Annual administration report of the Civil Veterinary Department of India - 1902-1903
Year: 1902
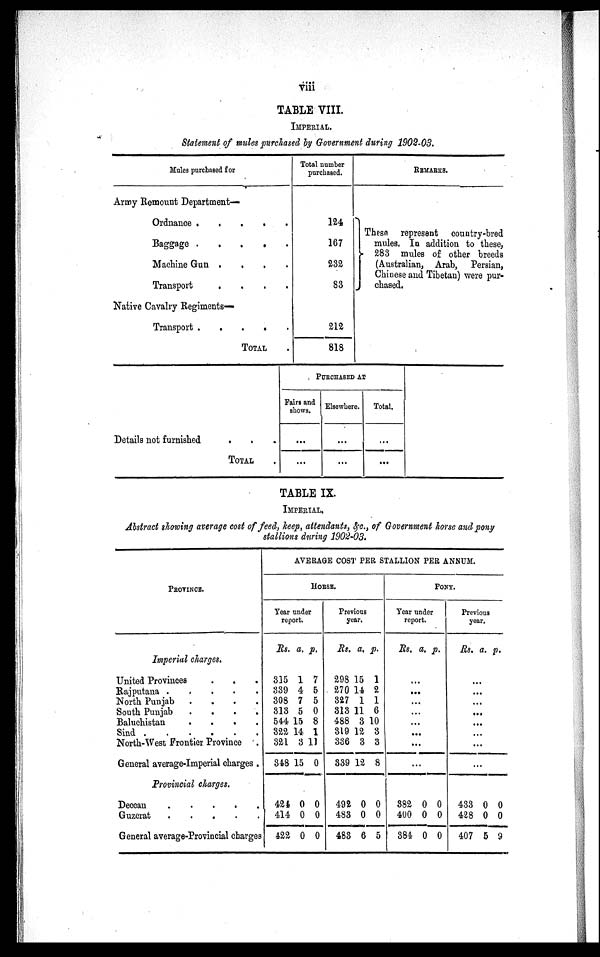
viii
TABLE VIII.
IMPERIAL.
Statement of mules purchased by Government during 1902-03.
Mules purchased for
Army Remount Department—
Ordnance
.
.
.
.
.
Baggage
.
.
.
.
.
Machine Gun . . . . .
Transport
.
.
.
. .
Native Cavalry Regiments—
Transport . . . . .
TOTAL .
Total number
purchased.
124
167
232
83
212
818
REMARKS.
These represent country-bred
mules. In addition to these,
283 mules of other breeds
(Australian, Arab, Persian,
Chinese and Tibetan) were pur¬
chased.
Details not furnished . . .
TOTAL .
PURCHASED AT
Fairs and
shows.
...
...
Elsewhere.
...
...
Total.
...
...
TABLE IX.
IMPERIAL.
Abstract showing average cost of feed, keep, attendants, &c., of Government horse and pony
stallions during 1902-03.
PROVINCE.
Imperial charges.
United Provinces . . .
Rajputana .
.
.
.
.
North Punjab
.
.
.
.
South Punjab
.
.
.
.
Baluchistan
.
.
.
.
Sind
.
.
.
.
.
.
North-West Frontier Province .
General average-Imperial charges .
Provincial charges.
Deccan
.
.
.
.
.
Guzerat
.
.
.
.
.
General average-Provincial charges
AVERAGE COST PER STALLION PER ANNUM.
HORSE.
Year under
report.
Rs. a. p.
315
339
308
313
544
322
321
348
1
4
7
5
15
14
3
15
7
5
5
0
8
1
11
0
424
414
422
0
0
0
0
0
0
Previous
year.
Rs. a. p.
298
270
327
313
488
319
336
339
15
14
1
11
3
12
3
12
1
2
1
6
10
8
3
8
492
483
483
0
0
6
0
0
5
PONY.
Year under
report.
Rs. a. p.
...
...
...
...
...
...
...
...
382
400
384
0
0
0
0
0
0
Previous
year.
Rs. a. p.
...
...
...
...
...
...
...
...
433
428
407
0
0
5
0
0
9